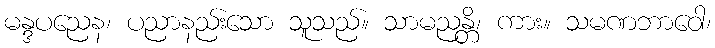
မန္ဒပညေန၊ ပညာနည်းသော သူသည်။ သာမညန္တိ၊ ကား။ သမဏဘာဝေါ၊